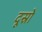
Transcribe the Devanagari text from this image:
दूस्रो